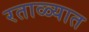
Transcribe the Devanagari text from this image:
रताळ्यात